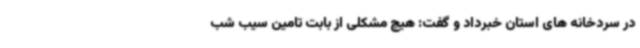
در سردخانه های استان خبرداد و گفت: هیچ مشکلی از بابت تامین سیب شب